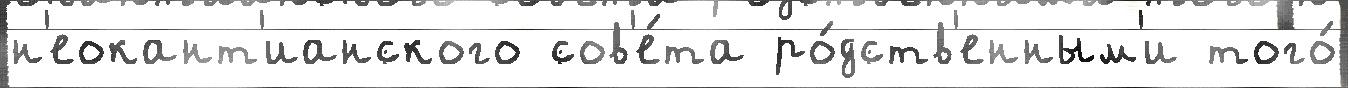
н'еокант'ианского сов'е́та ро́дств'енным'и того́